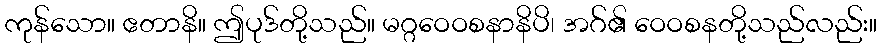
ကုန်သော။ ဧတာနိ။ ဤပုဒ်တို့သည်။ မဂ္ဂဝေဝစနာနိပိ၊ အဂ်၏ ဝေဝစနတို့သည်လည်း။